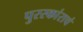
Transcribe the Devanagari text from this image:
पुरस्कांराचं